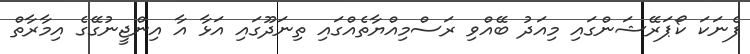
ފެނަކަ ކޯޕަރޭޝަންގައި މިއަދު ބޭއްވި ރަސްމިއްޔާތެއްގައި ތިނަދޫގައި އަޅާ އާ އިންޖީނުގޭގެ އިމާރާތް